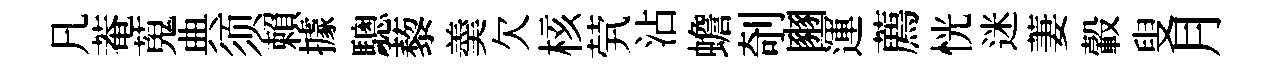
凡菴蒐典须賴據驄藜羮欠核茕沾蟾剞豳運薦恍迷萋轂叟月